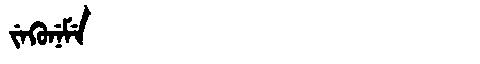
Manchu: ᠵᡝᡴᡠᠨᡝᠮᡝ
Romanization: JEKUNEME